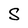
Character: S